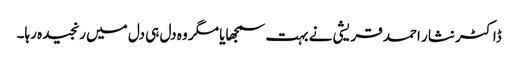
ڈاکٹر نثار احمد قریشی نے بہت سمجھایا مگر وہ دل ہی دل میں رنجیدہ رہا۔